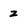
Character: z